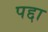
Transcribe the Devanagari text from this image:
पद्दा